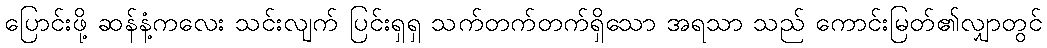
ပြောင်းဖို့ ဆန်နံ့ကလေး သင်းလျက် ပြင်းရှရှ သက်တက်တက်ရှိသော အရသာ သည် ကောင်းမြတ်၏လျှာတွင်